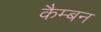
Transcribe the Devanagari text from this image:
कैम्बन